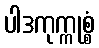
ပါဒကုက္ကုစ္စံ